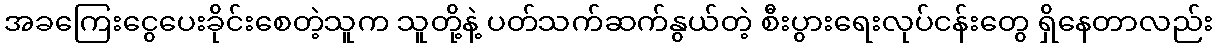
အခကြေးငွေပေးခိုင်းစေတဲ့သူက သူတို့နဲ့ ပတ်သက်ဆက်နွယ်တဲ့ စီးပွားရေးလုပ်ငန်းတွေ ရှိနေတာလည်း